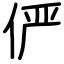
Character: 俨